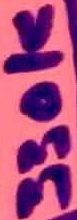
Text: 330k